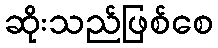
ဆိုးသည်ဖြစ်စေ